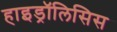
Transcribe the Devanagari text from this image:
हाइड्रॉलिसिस